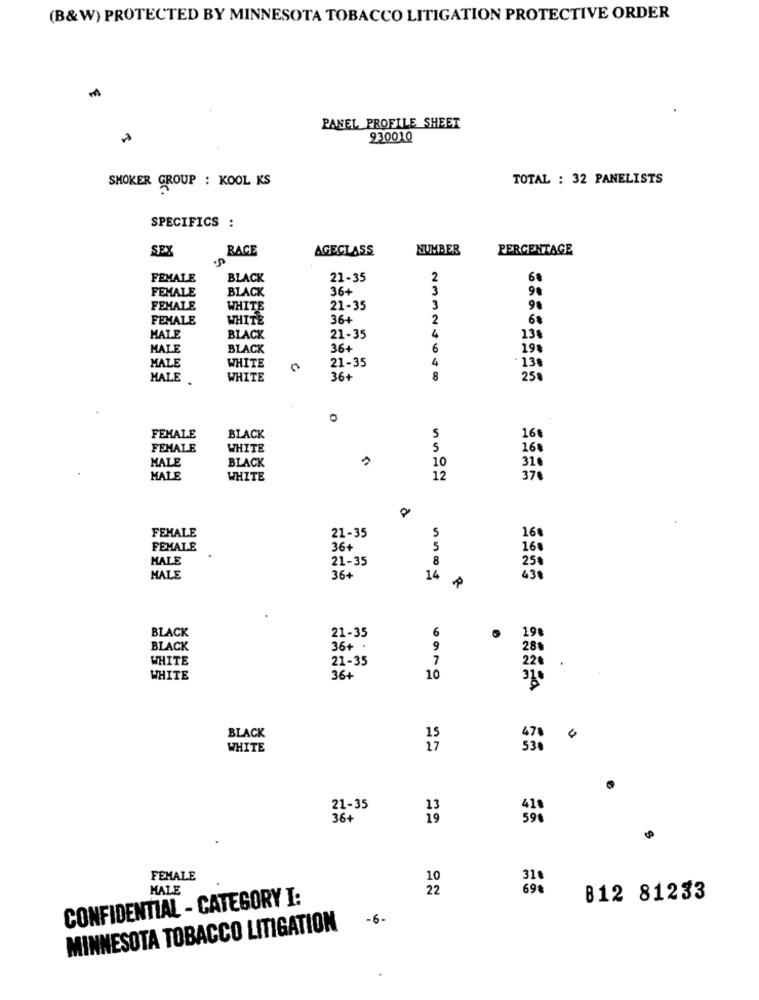
(B&W) PROTECTED BY MINNESOTA TOBACCO LITIGATION PROTECTIVE ORDER
PANEL PROFILE SHEET
930010
TOTAL : 32 PANELISTS
SMOKER GROUP : KOOL KS
SPECIFICS :
SEX
RACE
AGECLASS
NUMBER
PERCENTAGE
·P
FEMALE
BLACK
21-35
2
FEMALE
BLACK
36+
3
90
FEMALE
WHITE
21-35
3
9€
FEMALE
WHITE
36+
2
4
MALE
BLACK
21-35
13€
MALE
BLACK
36+
6
19%
WHITE
21-35
4
MALE
0
.130
MALE
WHITE
36+
8
25€
BLACK
5
FEMALE
16€
FEMALE
WHITE
5
16%
MALE
BLACK
10
316
MALE
WHITE
12
37€
FEMALE
21-35
5
16
FEMALE
36+
5
160
MALE
21-35
8
25€
MALE
36+
14
43
BLACK
21-35
6
198
BLACK
36+
9
28
WHITE
21-35
7
22€
.
WHITE
36+
10
BLACK
470
WHITE
21-35
36+
19
FEMALE
10
31
MALE
22
69%
CONFIDENTIAL - CATEGORY I:
812 81233
-6 -
MINNESOTA TOBACCO LITIGATION